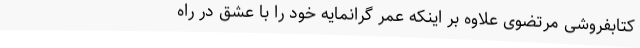
کتابفروشی مرتضوی علاوه بر اینکه عمر گرانمایه خود را با عشق در راه